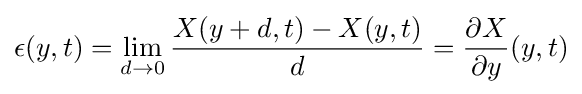
\epsilon (y,t)=\lim _{d\rightarrow 0}{\frac {X(y+d,t)-X(y,t)}{d}}={\frac {\partial X}{\partial y}}(y,t)